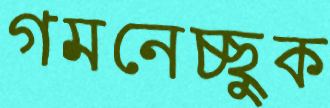
গমনেচ্ছুক